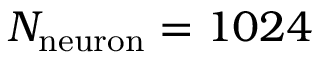
N _ { \mathrm { n e u r o n } } = 1 0 2 4